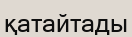
қатайтады